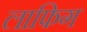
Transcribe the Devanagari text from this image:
लाफिग